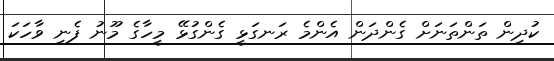
ކުދިން ތަންތަނަށް ގެންދަން އެންމެ ރަނގަޅީ ގެންގުޅޭ މީހާގެ މޫނު ފެނި ވާހަކަ